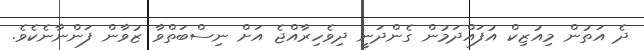
ދެ އަތުން މިއުޒިކް އުފައްދަމުން ގެންދަނީ ދިވެހިރާއްޖެ އަށް ނިސްބަތްވާ ޒުވާން ފަންނާނެކެވެ.